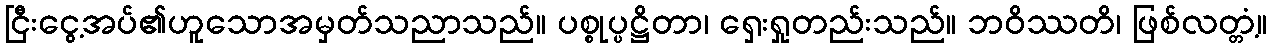
ငြီးငွေ့အပ်၏ဟူသောအမှတ်သညာသည်။ ပစ္စုပ္ပဋ္ဌိတာ၊ ရှေးရှုတည်းသည်။ ဘဝိဿတိ၊ ဖြစ်လတ္တံ့။